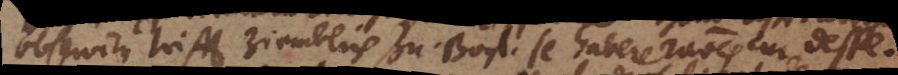
observirn trifft ziemblich zu. Boyl. se habere rationes cur despe-